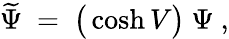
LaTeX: \widetilde\Psi\ =\ \big(\cosh V\big)\ \Psi\ ,